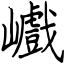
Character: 巇